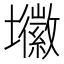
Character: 𭐈